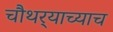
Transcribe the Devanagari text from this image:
चौथर्‍याच्याच